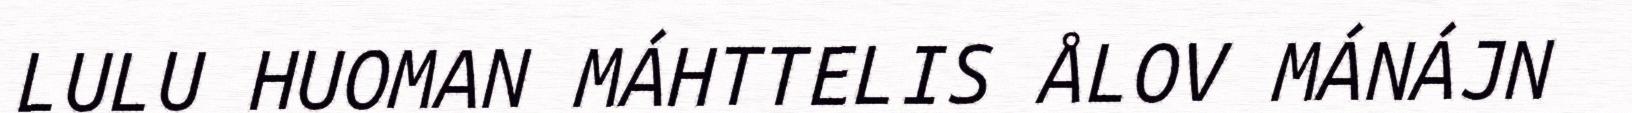
LULU HUOMAN MÁHTTELIS ÅLOV MÁNÁJN